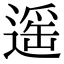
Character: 遥